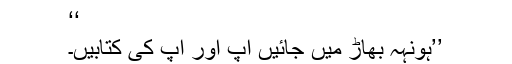
‘‘
’’ہونہہ بھاڑ میں جائیں آپ اور آپ کی کتابیں۔